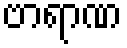
ဗာရာဏ